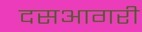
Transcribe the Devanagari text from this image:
दसआगरी